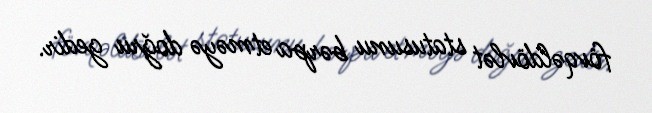
fövqəldövlət statusunu bərpa etməyə doğru gedir.